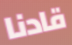
قادنا